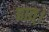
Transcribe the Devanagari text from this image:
हात्।